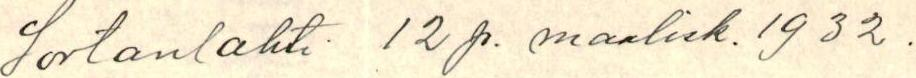
Sortanlahti 12p. maalisk. 1932.